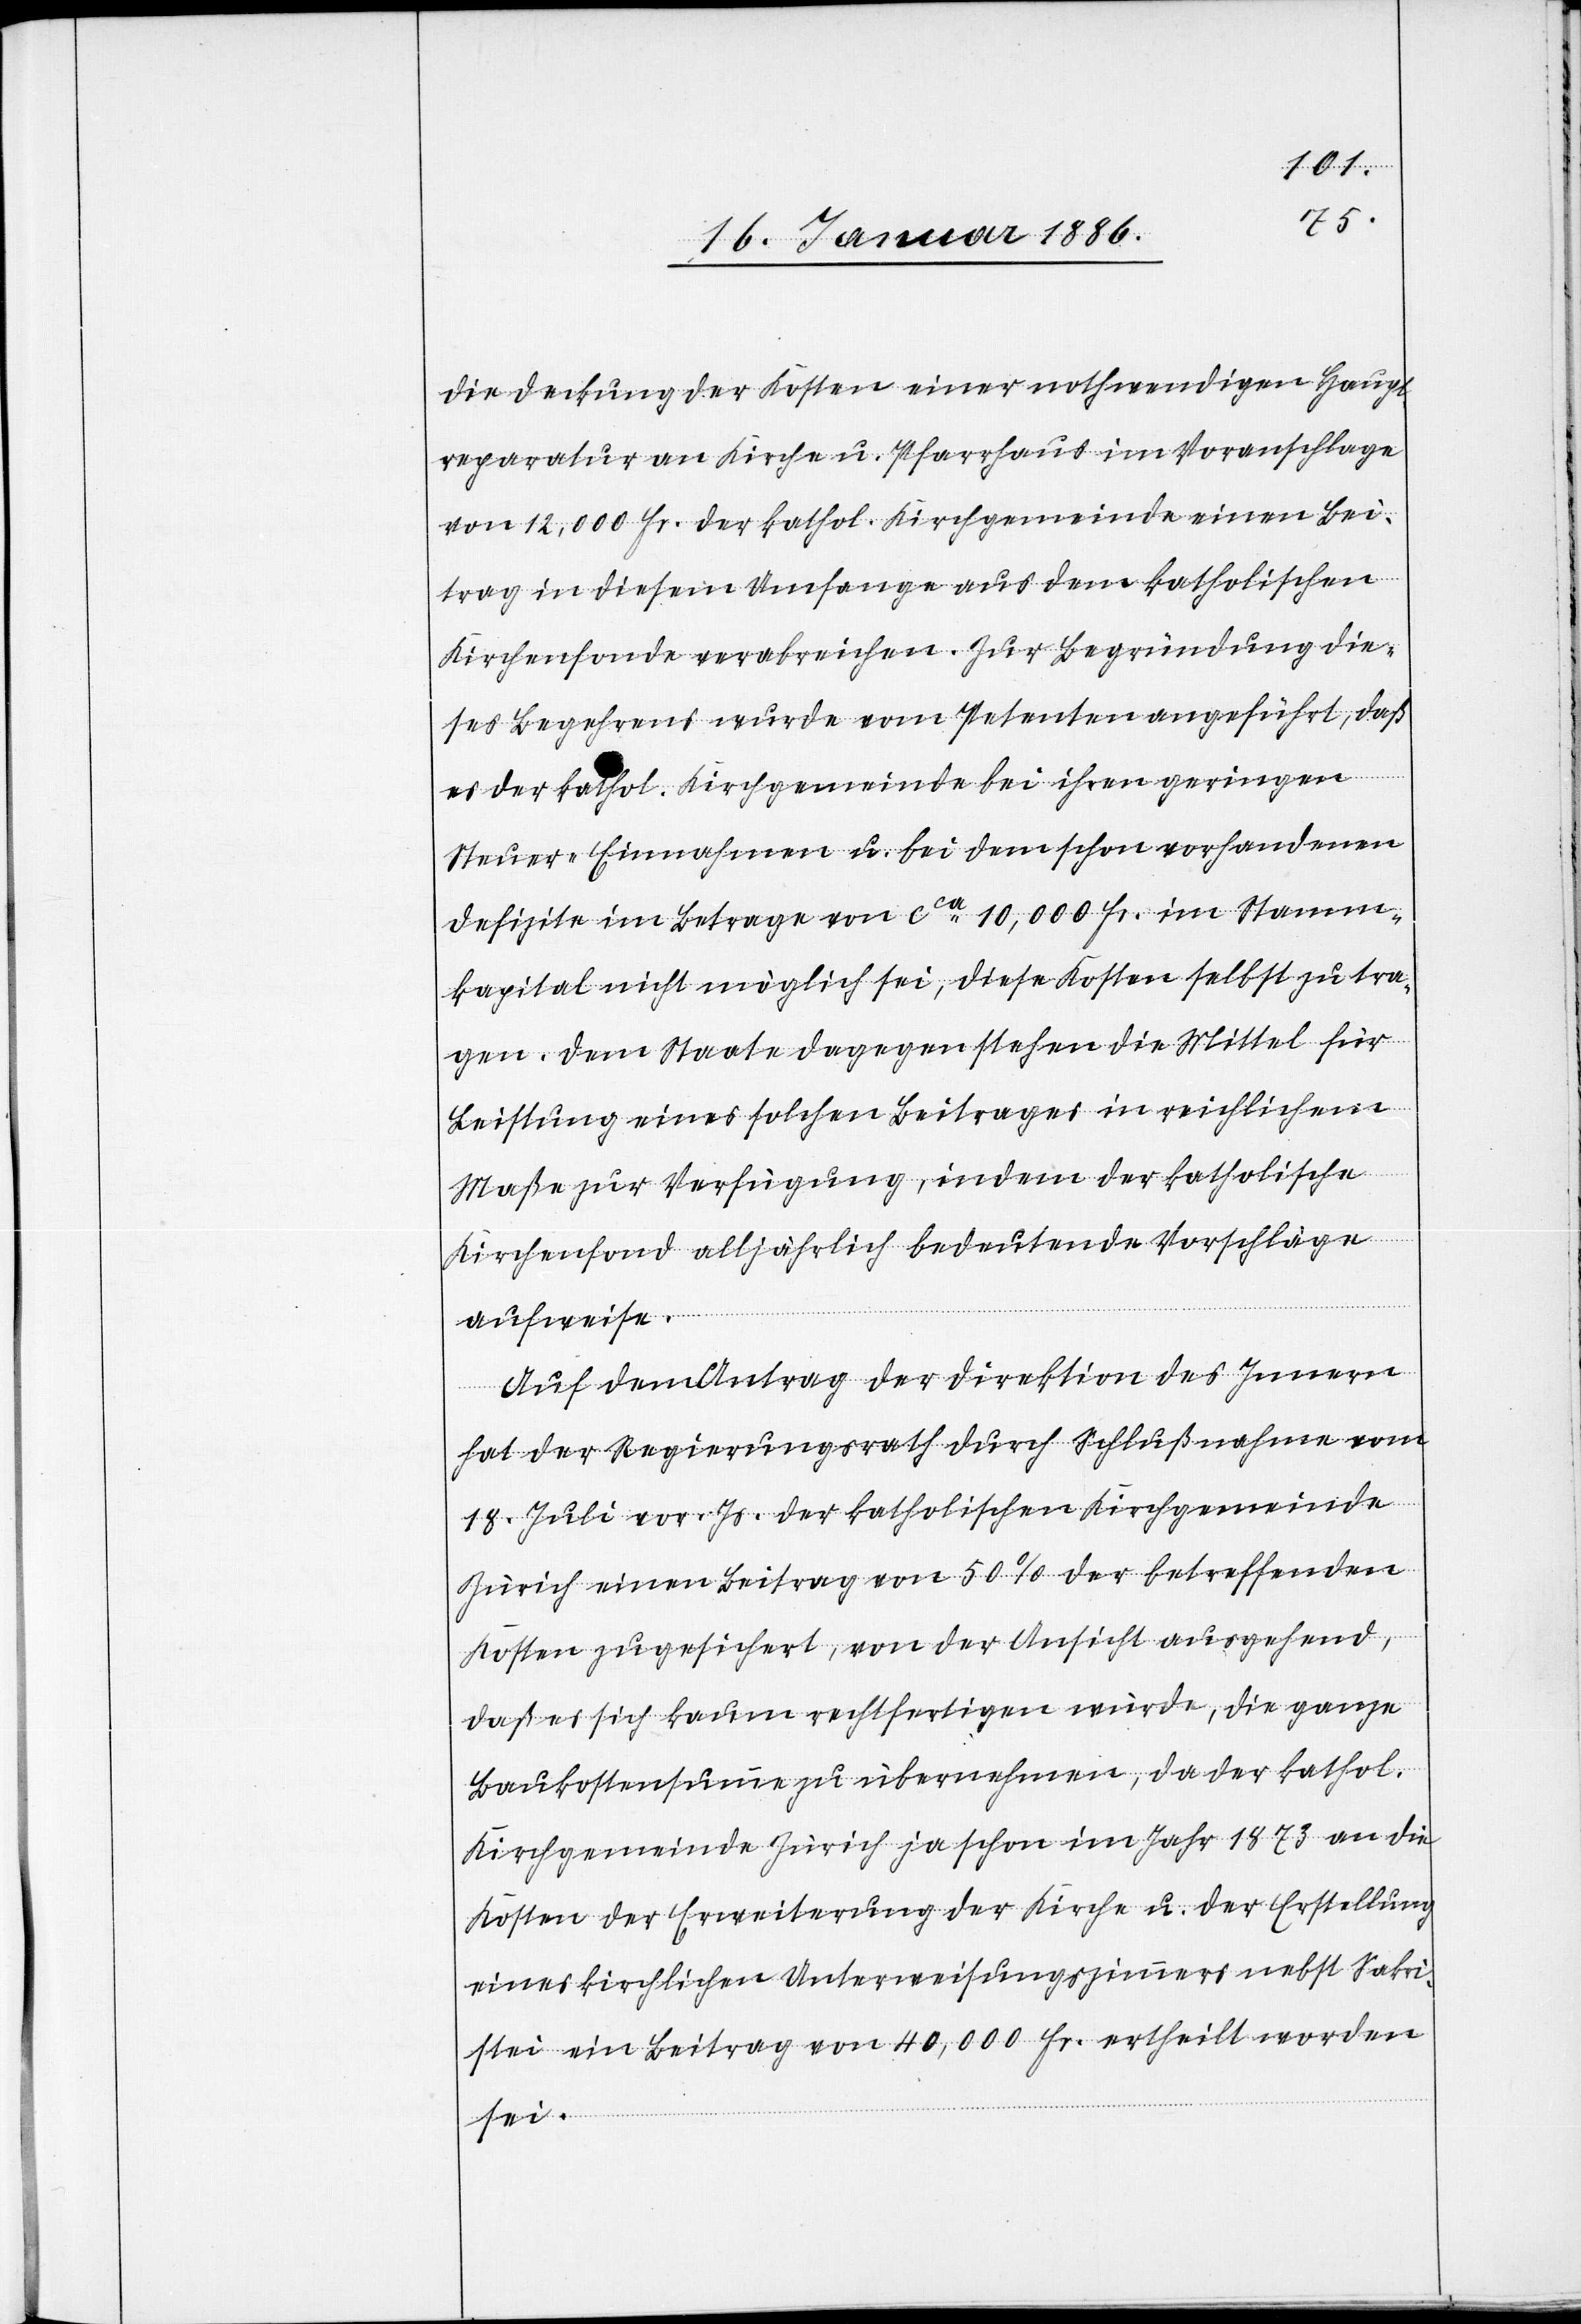
die Deckung der Kosten einer nothwendigen Haupt¬
reparatur an Kirche u. Pfarrhaus im Voranschlage
von 12,000 Fr. der kathol. Kirchgemeinde einen Bei¬
trag in diesem Umfange aus dem katholischen
Kirchenfonde verabreichen. Zur Begründung die¬
ses Begehrens wurde vom Petenten angeführt, daß
es der kathol. Kirchgemeinde bei ihren geringen
Steuer-Einnahmen u. bei dem schon vorhandenen
Defizite im Betrage von cca 10,000 Fr, im Stamm¬
kapital nicht möglich sei, diese Kosten selbst zu tra¬
gen. Dem Staate dagegen stehen die Mittel für
Leistung eines solchen Beitrages in reichlichem
Maße zur Verfügung, indem der katholische
Kirchenfond alljährlich bedeutende Vorschläge
aufweise.
Auf den Antrag der Direktion des Innern
hat der Regierungsrath durch Schlußnahme vom
18. Juli vor. Js. der katholischen Kirchgemeinde
Zürich einen Beitrag von 50% der betreffenden
Kosten zugesichert, von der Ansicht ausgehend,
daß es sich kaum rechtfertigen würde, die ganze
Baukostensumme zu übernehmen, da der kathol.
Kirchgemeinde Zürich ja schon im Jahr 1873 an die
Kosten der Erweiterung der Kirche u. der Erstellung
eines kirchlichen Unterweisungszimmers nebst Sakri¬
stei ein Beitrag von 40,000 Fr. ertheilt worden
sei.